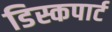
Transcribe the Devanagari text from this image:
डिस्कपार्ट